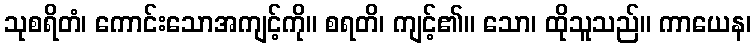
သုစရိတံ၊ ကောင်းသောအကျင့်ကို။ စရတိ၊ ကျင့်၏။ သော၊ ထိုသူသည်။ ကာယေန၊